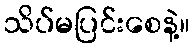
သိပ်မပြင်းစေနဲ့။